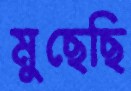
মুছেছি